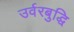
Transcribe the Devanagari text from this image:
उर्वरबुद्धि